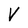
Character: V